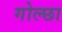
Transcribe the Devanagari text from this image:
गोल्छा